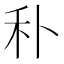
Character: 𥝒